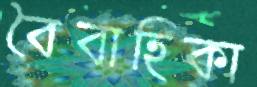
বৈবাহিকা